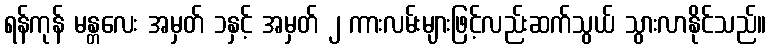
ရန်ကုန် မန္တလေး အမှတ် ၁နှင့် အမှတ် ၂ ကားလမ်းများဖြင့်လည်းဆက်သွယ် သွားလာနိုင်သည်။